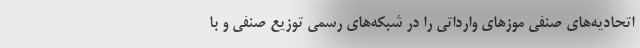
اتحادیه‌های صنفی موزهای وارداتی را در شبکه‌های رسمی توزیع صنفی و با